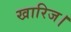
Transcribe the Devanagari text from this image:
खारिज।